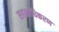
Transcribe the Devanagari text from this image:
सहस्राधिकरण